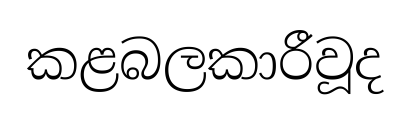
කළබලකාරීවූද